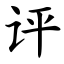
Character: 评